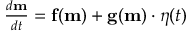
\begin{array} { r } { \frac { d \mathbf { m } } { d t } = \mathbf { f } ( \mathbf { m } ) + \mathbf { g } ( \mathbf { m } ) \cdot \boldsymbol { \eta } ( t ) } \end{array}